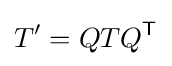
T'=QTQ^{\mathsf {T}}